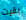
بقيت